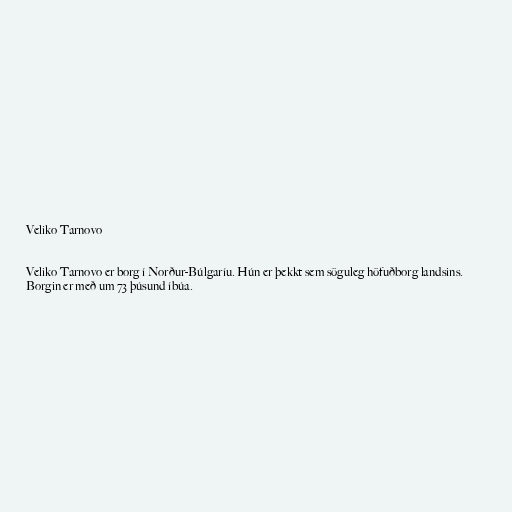
Veliko Tarnovo

Veliko Tarnovo er borg í Norður-Búlgaríu. Hún er þekkt sem söguleg höfuðborg landsins.
Borgin er með um 73 þúsund íbúa.